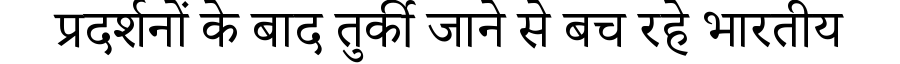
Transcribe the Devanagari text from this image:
प्रदर्शनों के बाद तुर्की जाने से बच रहे भारतीय